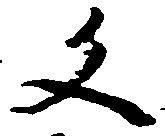
文